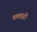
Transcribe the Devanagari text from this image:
चलतारों